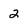
Character: 2